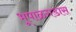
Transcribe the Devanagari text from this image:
भूपाळगडास